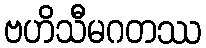
ဗဟိသီမဂတဿ